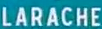
LARACHE